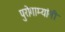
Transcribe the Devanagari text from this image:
पुरोगाम्यांनी